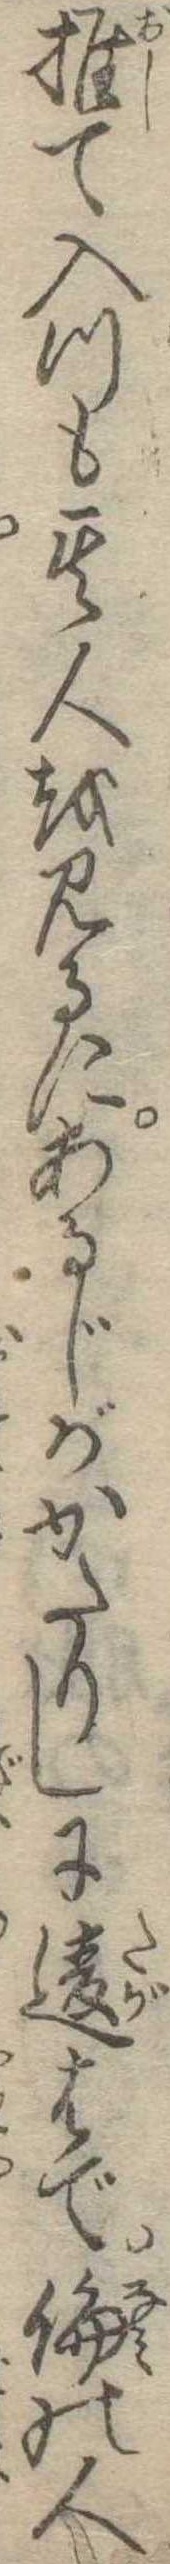
推て入つも其人を見るにあるじがかたりしに違はで倫の人